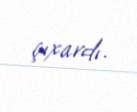
çıxardı.